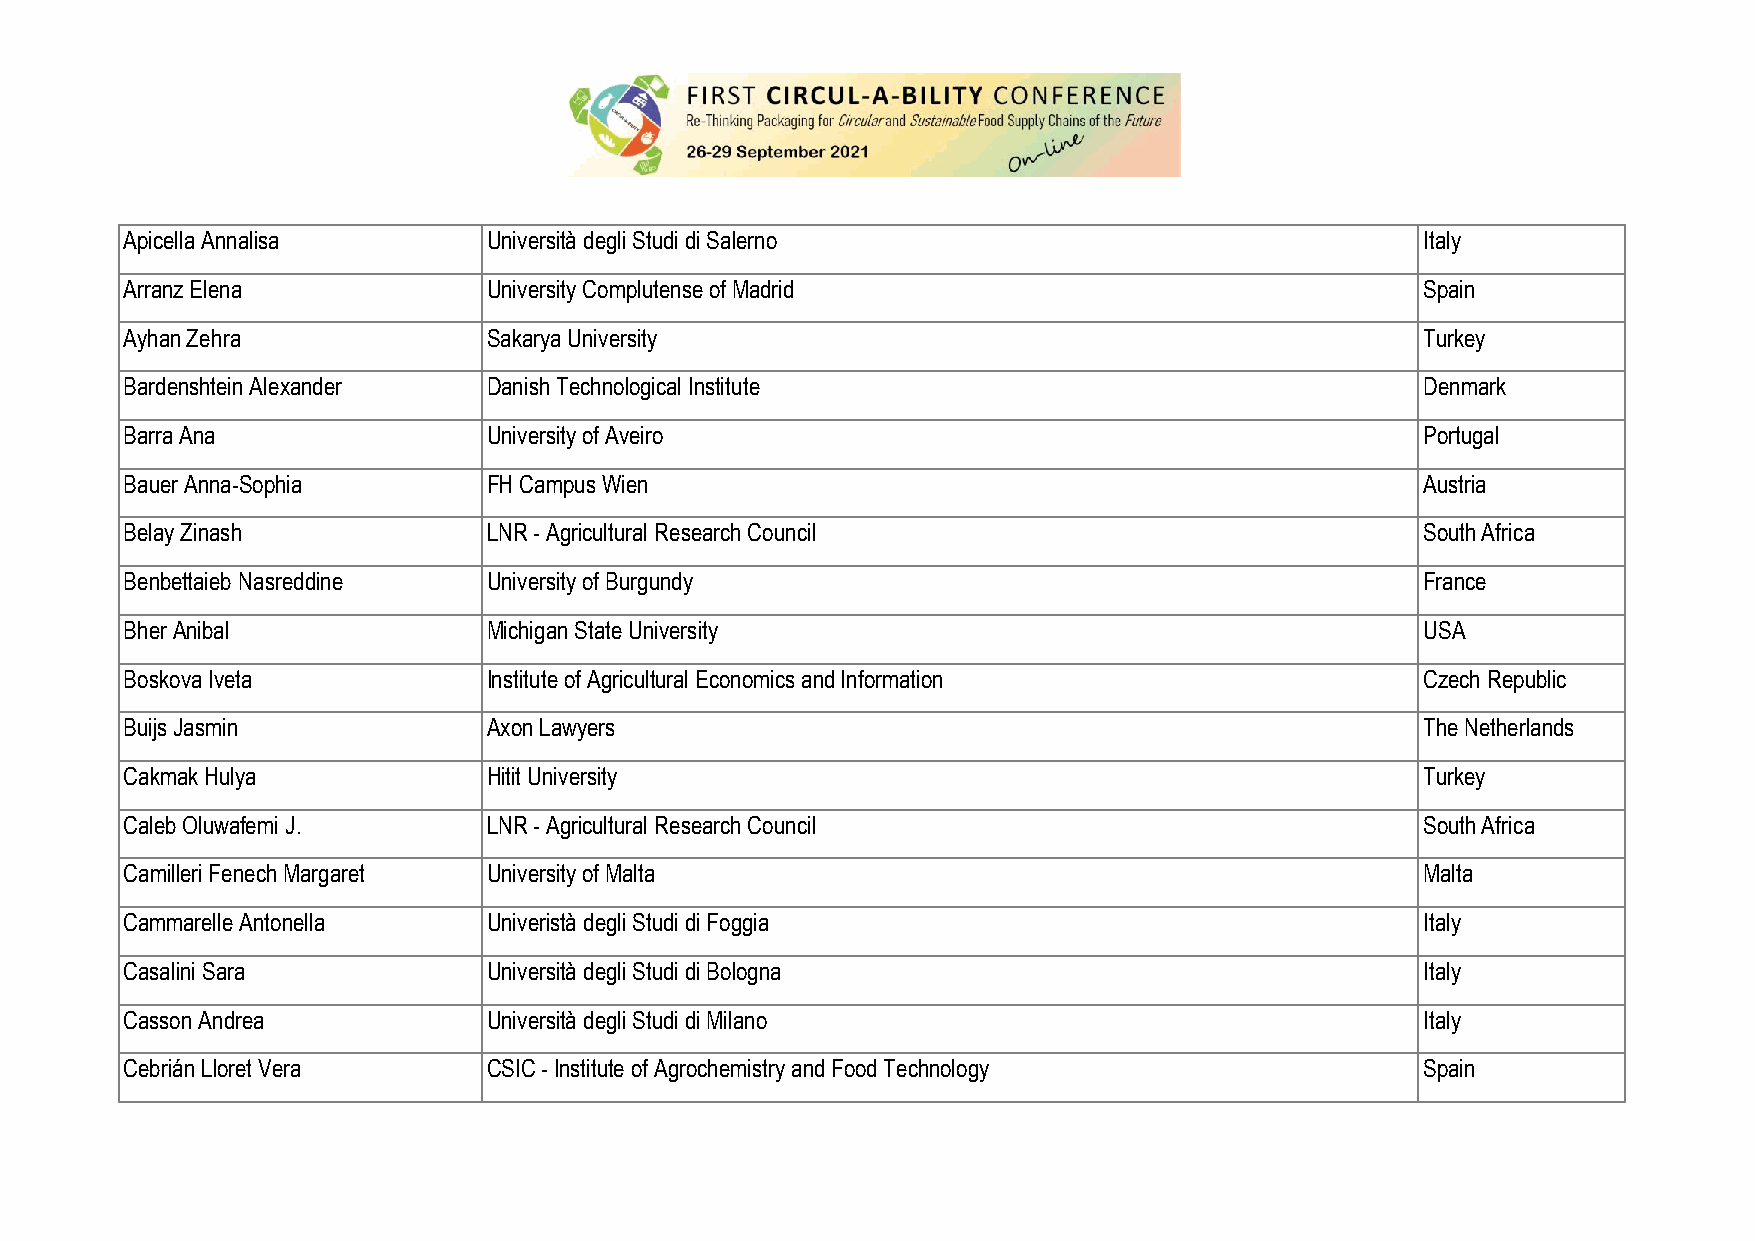
Apicella Annalisa       Università degli Studi di Salerno                             Italy
 Arranz Elena            University Complutense of Madrid                              Spain
 Ayhan Zehra             Sakarya University                                            Turkey
 Bardenshtein Alexander  Danish Technological Institute                                Denmark
 Barra Ana               University of Aveiro                                          Portugal
 Bauer Anna-Sophia       FH Campus Wien                                                Austria
 Belay Zinash            LNR - Agricultural Research Council                           South Africa
 Benbettaieb Nasreddine  University of Burgundy                                        France
 Bher Anibal             Michigan State University                                     USA
 Boskova Iveta           Institute of Agricultural Economics and Information           Czech Republic
 Buijs Jasmin            Axon Lawyers                                                  The Netherlands
 Cakmak Hulya            Hitit University                                              Turkey
 Caleb Oluwafemi J.      LNR - Agricultural Research Council                           South Africa
 Camilleri Fenech Margaret University of Malta                                         Malta
 Cammarelle Antonella    Univeristà degli Studi di Foggia                              Italy
 Casalini Sara           Università degli Studi di Bologna                             Italy
 Casson Andrea           Università degli Studi di Milano                              Italy
 Cebrián Lloret Vera     CSIC - Institute of Agrochemistry and Food Technology         Spain